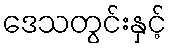
ဒေသတွင်းနှင့်